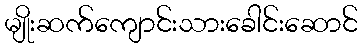
မျိုးဆက်ကျောင်းသားခေါင်းဆောင်